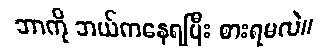
ဘာကို ဘယ်ကနေရပြီး စားရမလဲ။